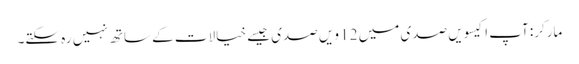
مارکر: آپ اکیسویں صدی میں 12 ویں صدی جیسے خیالات کے ساتھ نہیں رہ سکتے۔